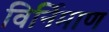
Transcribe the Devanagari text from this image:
विर्निमाण